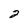
Character: 2